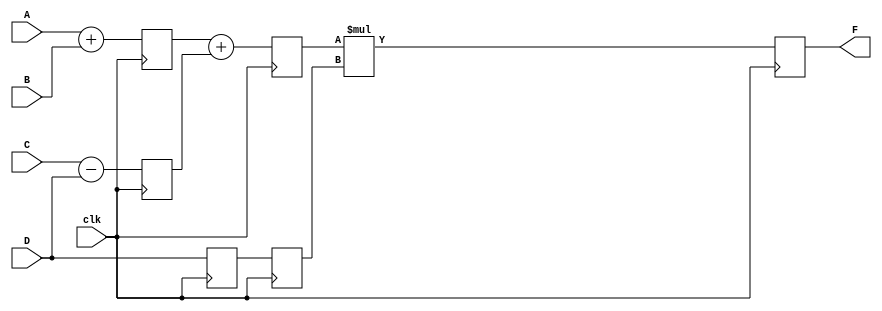
module pipe_ex(F,A,B,C,D,clk);
parameter N=100;
input [N-1:0] A,B,C,D;
input clk;
output [N-1:0] F;
reg [N-1:0] L12_X1,L12_X2,L12_D,L23_X3,L23_D,L34_F;
assign F=L34_F;
always@(posedge clk) //STAGE1
begin
L12_X1 <= #4 A+B;
L12_X2 <= #4 C-D;
L12_D <= D;
end
always@(posedge clk) //STAGE2
begin
L23_X3 <= #4 L12_X1 + L12_X2;
L23_D <= L12_D;
end
always@(posedge clk) //STAGE3
begin
L34_F=L23_X3*L23_D;
end
endmodule